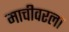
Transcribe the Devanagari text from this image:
माचीवरला